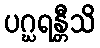
ပဂ္ဃရန္တီသိ